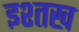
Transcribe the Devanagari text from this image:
इश्तख